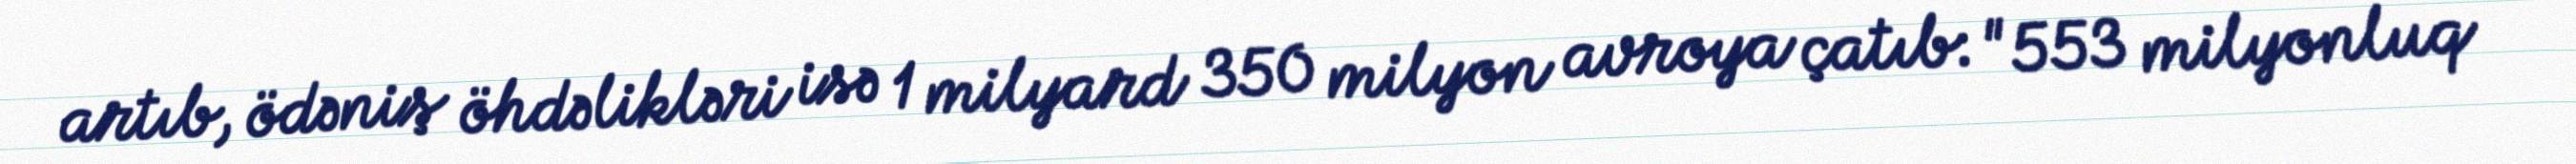
artıb, ödəniş öhdəlikləri isə 1 milyard 350 milyon avroya çatıb: "553 milyonluq